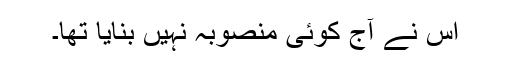
اس نے آج کوئی منصوبہ نہیں بنایا تھا۔